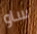
ساو